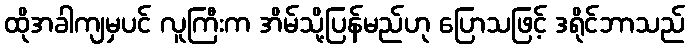
ထိုအခါကျမှပင် လူကြီးက အိမ်သို့ပြန်မည်ဟု ပြောသဖြင့် ဒရိုင်ဘာသည်